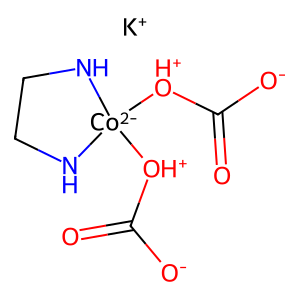
SMILES: O=C([O-])[OH+][Co-2]1([OH+]C(=O)[O-])NCCN1.[K+]
Inhibits HIV replication: No